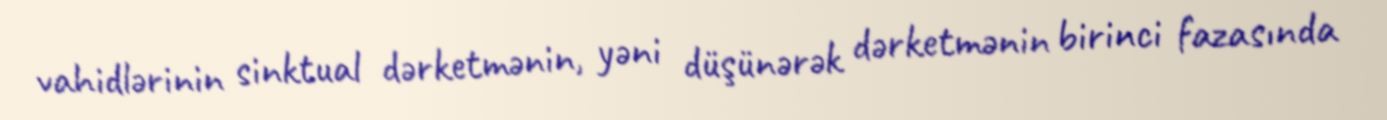
vahidlərinin sinktual dərketmənin, yəni düşünərək dərketmənin birinci fazasında